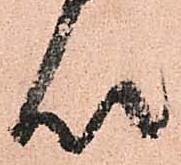
以